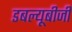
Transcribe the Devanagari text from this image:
डबल्यूबीजी